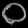
Digit: ၀